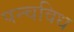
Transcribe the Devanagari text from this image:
पन्चविध